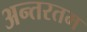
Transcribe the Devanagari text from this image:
अन्तरतम